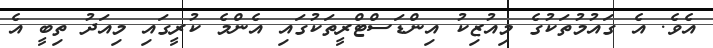
އެވެ. އެ ގައުމުތަކުގެ މިއުޒިކު އިންޑަސްޓްރީތަކުގައި އެންމެ ކުރީގައި މިއަދު ތިބީ އެ